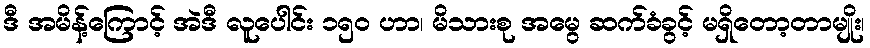
ဒီ အမိန့်ကြောင့် အဲဒီ လူပေါင်း ၁၅ဝ ဟာ၊ မိသားစု အမွေ ဆက်ခံခွင့် မရှိတော့တာမျိုး၊